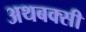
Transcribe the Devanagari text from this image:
अथबक्सी